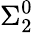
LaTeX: \Sigma_{2}^{0}